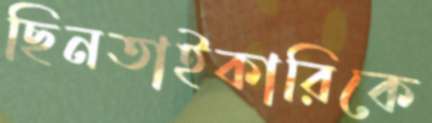
ছিনতাইকারিকে